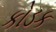
કોડક